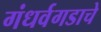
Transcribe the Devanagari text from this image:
गंधर्वगडाचे